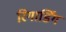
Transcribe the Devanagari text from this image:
रिगार्डिंग